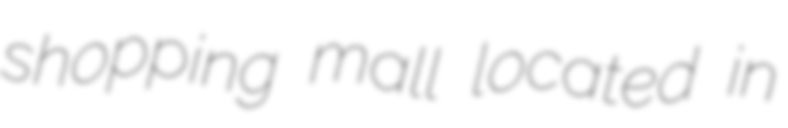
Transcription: shopping mall located in